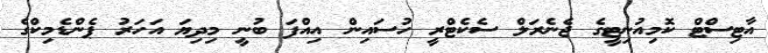
އާޓިސްޓް ކޮމިއުނިޓީގެ ޖެނެރަލް ސެކެޓްރީ ހުސައިން އިއްފަ ބުނީ މިދިޔަ އަހަރު ޕެންޑެމިކްގެ